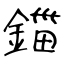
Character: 鍿